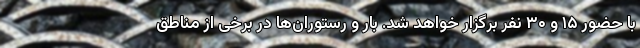
با حضور ۱۵ و ۳۰ نفر برگزار خواهد شد. بار و رستوران‌ها در برخی از مناطق